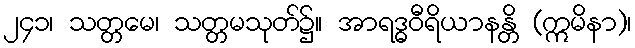
၂၄၁၊ သတ္တမေ၊ သတ္တမသုတ်၌။ အာရဒ္ဓဝီရိယာနန္တိ (ဣမိနာ)၊